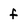
Character: f